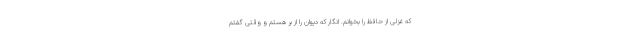
که غزلی از حافظ را بخوانم. انگار که دیوان را از بر هستم و وقتی گفتم